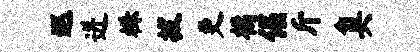
巡迸株拔更橘倔斤臭